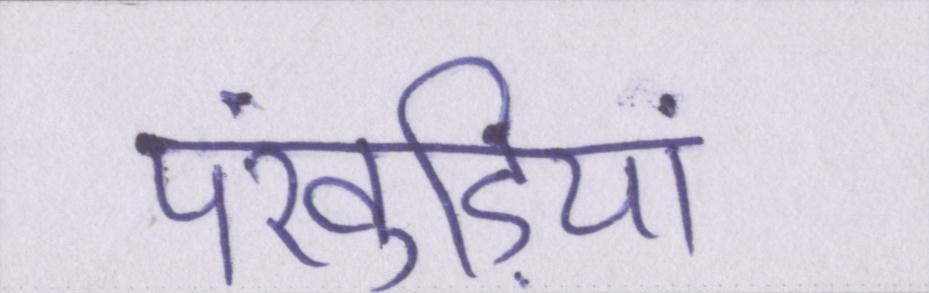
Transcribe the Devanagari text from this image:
पंखुड़ियां